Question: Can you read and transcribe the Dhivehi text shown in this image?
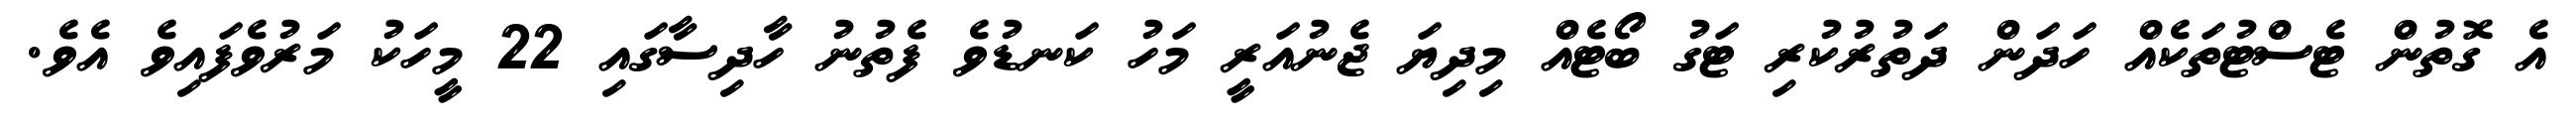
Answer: އެ ގޮތުން ޓެސްޓުތަކެއް ހަދަން ދަތުރުކުރި ޓަގު ބޯޓެއް މިދިޔަ ޖެނުއަރީ މަހު ކަނޑުވެ ފެތުނު ހާދިސާގައި 22 މީހަކު މަރުވެފައިވެ އެވެ.